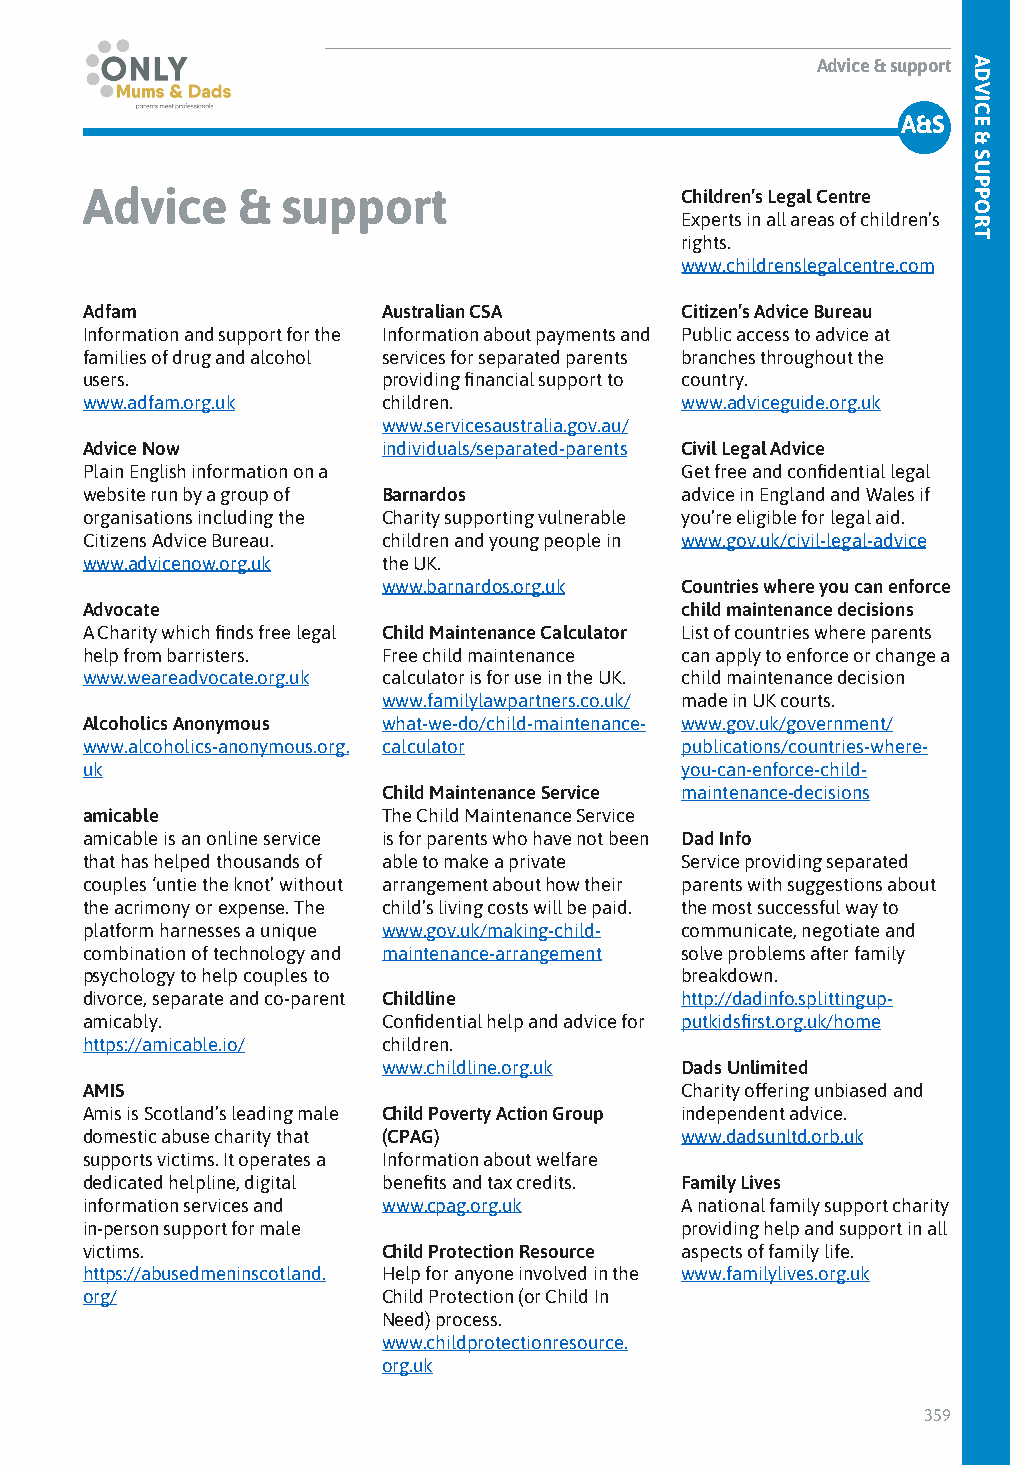
Advice & support
 Advice & support
 A&S
 Advice     &  support                   Children’s Legal Centre
 Experts in all areas of children’s
 rights.
 www.childrenslegalcentre.com
 Adfam               Australian CSA      Citizen’s Advice Bureau
 Information and support for the Information about payments and Public access to advice at
 families of drug and alcohol services for separated parents branches throughout the
 users.              providing financial support to country.
 www.adfam.org.uk    children.           www.adviceguide.org.uk
 www.servicesaustralia.gov.au/
 Advice Now          individuals/separated-parents Civil Legal Advice
 Plain English information on a          Get free and confidential legal
 website run by a group of Barnardos     advice in England and Wales if
 organisations including the Charity supporting vulnerable you’re eligible for legal aid.
 Citizens Advice Bureau. children and young people in www.gov.uk/civil-legal-advice
 www.advicenow.org.uk the UK.
 www.barnardos.org.uk Countries where you can enforce
 Advocate                                child maintenance decisions
 A Charity which finds free legal Child Maintenance Calculator List of countries where parents
 help from barristers. Free child maintenance can apply to enforce or change a
 www.weareadvocate.org.uk calculator is for use in the UK. child maintenance decision
 www.familylawpartners.co.uk/ made in UK courts.
 Alcoholics Anonymous what-we-do/child-maintenance- www.gov.uk/government/
 www.alcoholics-anonymous.org. calculator publications/countries-where-
 uk                                      you-can-enforce-child-
 Child Maintenance Service maintenance-decisions
 amicable            The Child Maintenance Service
 amicable is an online service is for parents who have not been Dad Info
 that has helped thousands of able to make a private Service providing separated
 couples ‘untie the knot’ without arrangement about how their parents with suggestions about
 the acrimony or expense. The child’s living costs will be paid. the most successful way to
 platform harnesses a unique www.gov.uk/making-child- communicate, negotiate and
 combination of technology and maintenance-arrangement solve problems after family
 psychology to help couples to           breakdown.
 divorce, separate and co-parent Childline http://dadinfo.splittingup-
 amicably.           Confidential help and advice for putkidsfirst.org.uk/home
 https://amicable.io/ children.
 www.childline.org.uk Dads Unlimited
 AMIS                                    Charity offering unbiased and
 Amis is Scotland’s leading male Child Poverty Action Group independent advice.
 domestic abuse charity that (CPAG)      www.dadsunltd.orb.uk
 supports victims. It operates a Information about welfare
 dedicated helpline, digital benefits and tax credits. Family Lives
 information services and www.cpag.org.uk A national family support charity
 in-person support for male              providing help and support in all
 victims.            Child Protection Resource aspects of family life.
 https://abusedmeninscotland. Help for anyone involved in the www.familylives.org.uk
 org/                Child Protection (or Child In
 Need) process.
 www.childprotectionresource.
 org.uk
 359
 TAHDEV
 IFCIER
 S&T
 S DUAPYPSORT